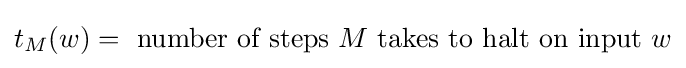
t_{M}(w)={\text{ number of steps }}M{\text{ takes to halt on input }}w